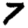
Digit: 7